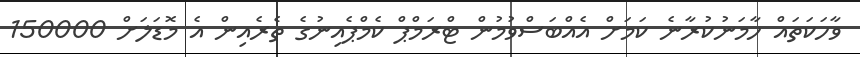
ވާހަކަތައް ހާމަނުކުރާނެ ކަމަށް އެއްބަސްވުމުން ޓްރަމްޕް ކެމްޕެއިނުގެ ތެރެއިން އެ މޮޑަލަށް 150000